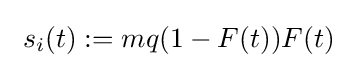
\ s_{i}(t):=mq(1-F(t))F(t)